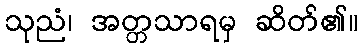
သုညံ၊ အတ္တသာရမှ ဆိတ်၏။